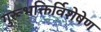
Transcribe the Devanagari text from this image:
गुरूभक्तिर्विशेषेण